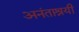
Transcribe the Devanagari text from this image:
अनंताश्रयी